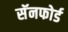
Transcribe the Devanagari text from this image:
सॅनफोर्ड